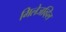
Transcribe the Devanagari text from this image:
मिलेजव्हिल